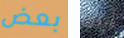
بعض أينما